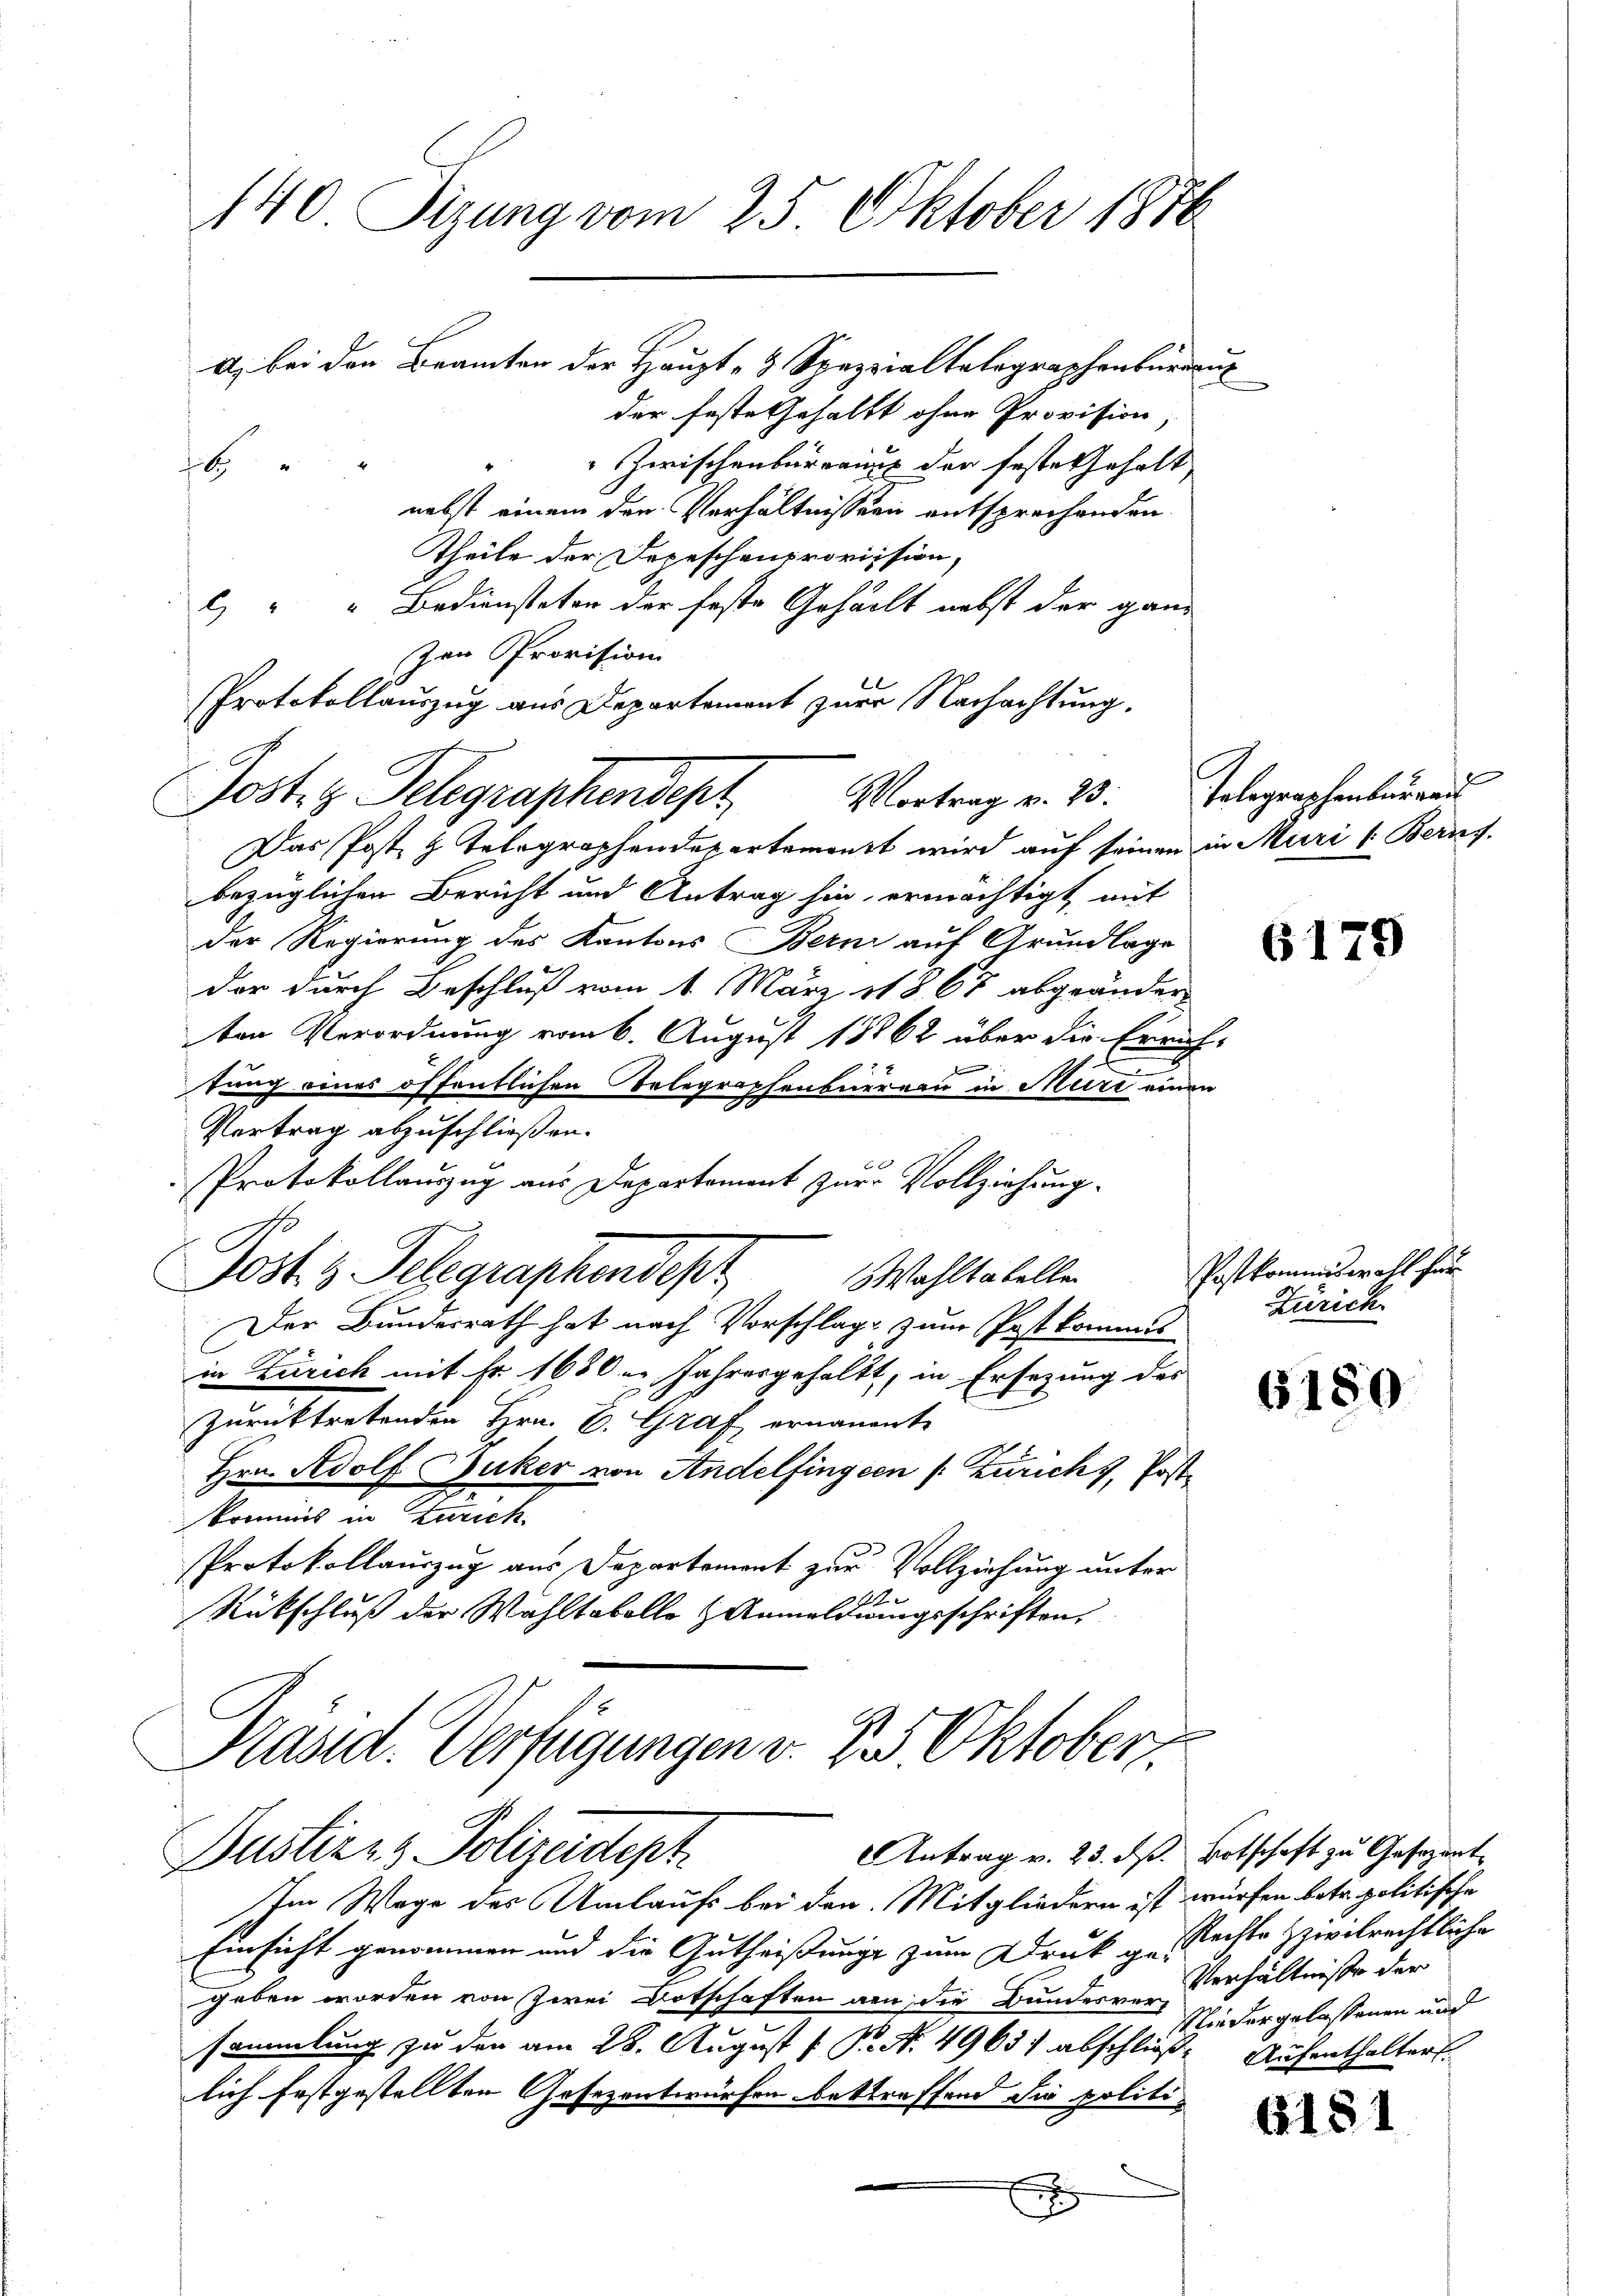
140 Sizung vom 25. Oktober 1876

A. bei den Branten der Haupt- & Spezialtalegraphenbureaux
der feste Gehaltt ohne Provision,
Zwischenbureaus der feste Gehalt
6
nebst einem den Verhältnissen entsprechenden
Theile der Depeschenprovission,
2) " " Bediensteter der feste Geheilt nebst der ganz
zen Provision
Protokollauszug aus Departement zur Nachachtung.
Jost, z. Telegraphendept
Das Post, z. Telegraphendepartement wird auf seinen in Muri (Berns.
bezüglichen Bericht und Antrag hin, ermächtigt, mit
der Regierung des Kantons Bern auf Grundlage
der durch Beschluß vom 1. März 1867 abgeänder
ten Verordnung vom 6. August 18862 über die Errich-
.
e
sung eines öffentlichen Telegraphenbureau in Meire einen
Vortrag abzuschließen.
Protokollauszug aus Departement zur Vollziehung.
Post 3 Telegraphendes
ahltabellen
Der Bundesrath hat nach Vorschlage zum Post kommis
in Zürich mit Fr. 1680 u. Jahresgehaltt, in Ersezung des
zurücktretenden Hrn. E. Graf ernamente
Hrn. Adolf Juker von Andelfingeen /: Zürich, Postkommis in Zürich.
Protokollauszug aus Departement zur Vollziehung unter
.
Rückschluß der Wahltobolle Anmeldungeschriften.
Präsid. Verfügungen v. 8. Oktober.

Antrag v. 23. ds. Botschaft zu Gesezent
Justiz- & Polizeidept

Im Wege des Umlaufs bei den Mitgliedern ist würfen betr. politische
Einsicht genommen und die Gutheißungs zum Druk g. Rechte zivilrechtliche
geben worden von zwei Ortschaften von die Bunderen Verhältnisse der
sammlung zu den am 28. August 1 S. Nr. 4963) abschließ Aufenthalter
lich festgestellten Gesezentwürfen betreffend die politie
x
e

Vortrag v. 23. Telegraphenburger

6179

Postkommiswahl für
Zürich.

6180

615

Niedergelassenen und